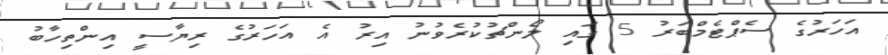
އަހަރުގެ ސެޕްޓެމްބަރު 5 ގައި ލޯންޗުކުރެވުނު އިރު އެ އަހަރުގެ ރިޔާސީ އިންތިހާބު